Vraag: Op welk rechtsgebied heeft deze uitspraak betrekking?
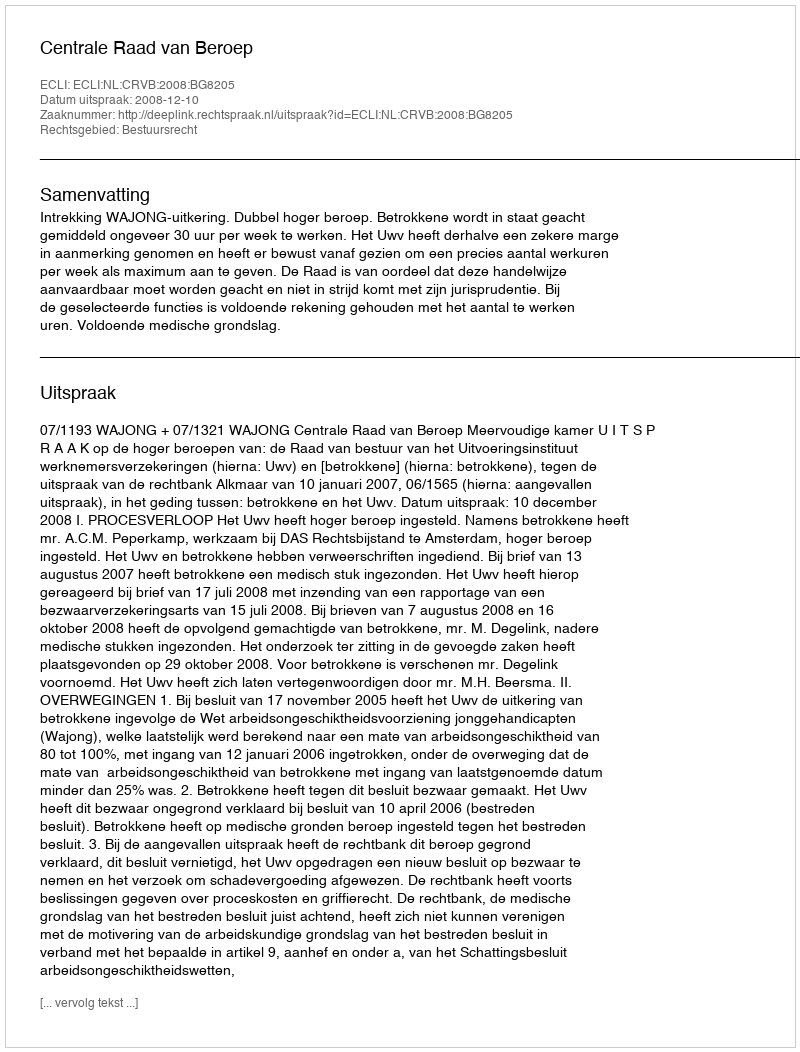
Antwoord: Bestuursrecht